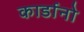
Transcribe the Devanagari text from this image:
कार्डानो